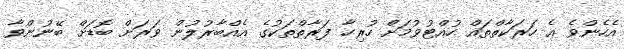
އެހެންވެ އެ ހަރަކާތްތައް ހުއްޓުވުމަށް ހުރިހާ ފަރާތްތަކުގެ އެއްބާރުލުން ވަރަށް ބޮޑަށް ބޭނުންވާ